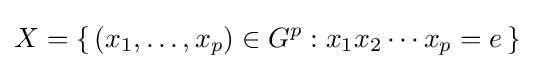
X=\{\,(x_{1},\ldots ,x_{p})\in G^{p}:x_{1}x_{2}\cdots x_{p}=e\,\}